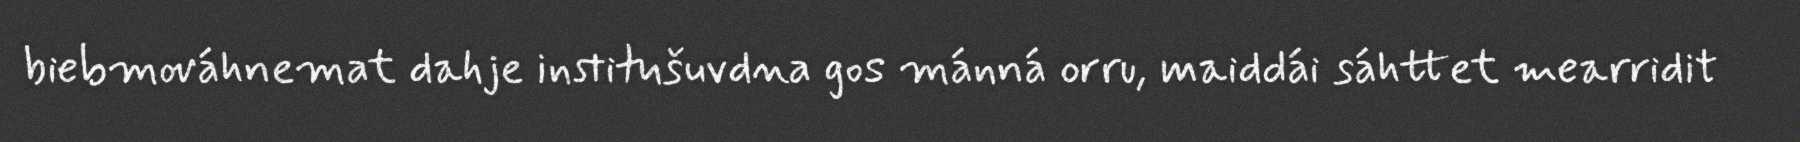
biebmováhnemat dahje institušuvdna gos mánná orru, maiddái sáhttet mearridit